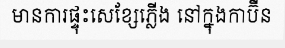
មានការផ្ទុះសេខ្សែភ្លើង នៅក្នុងកាប៊ីន